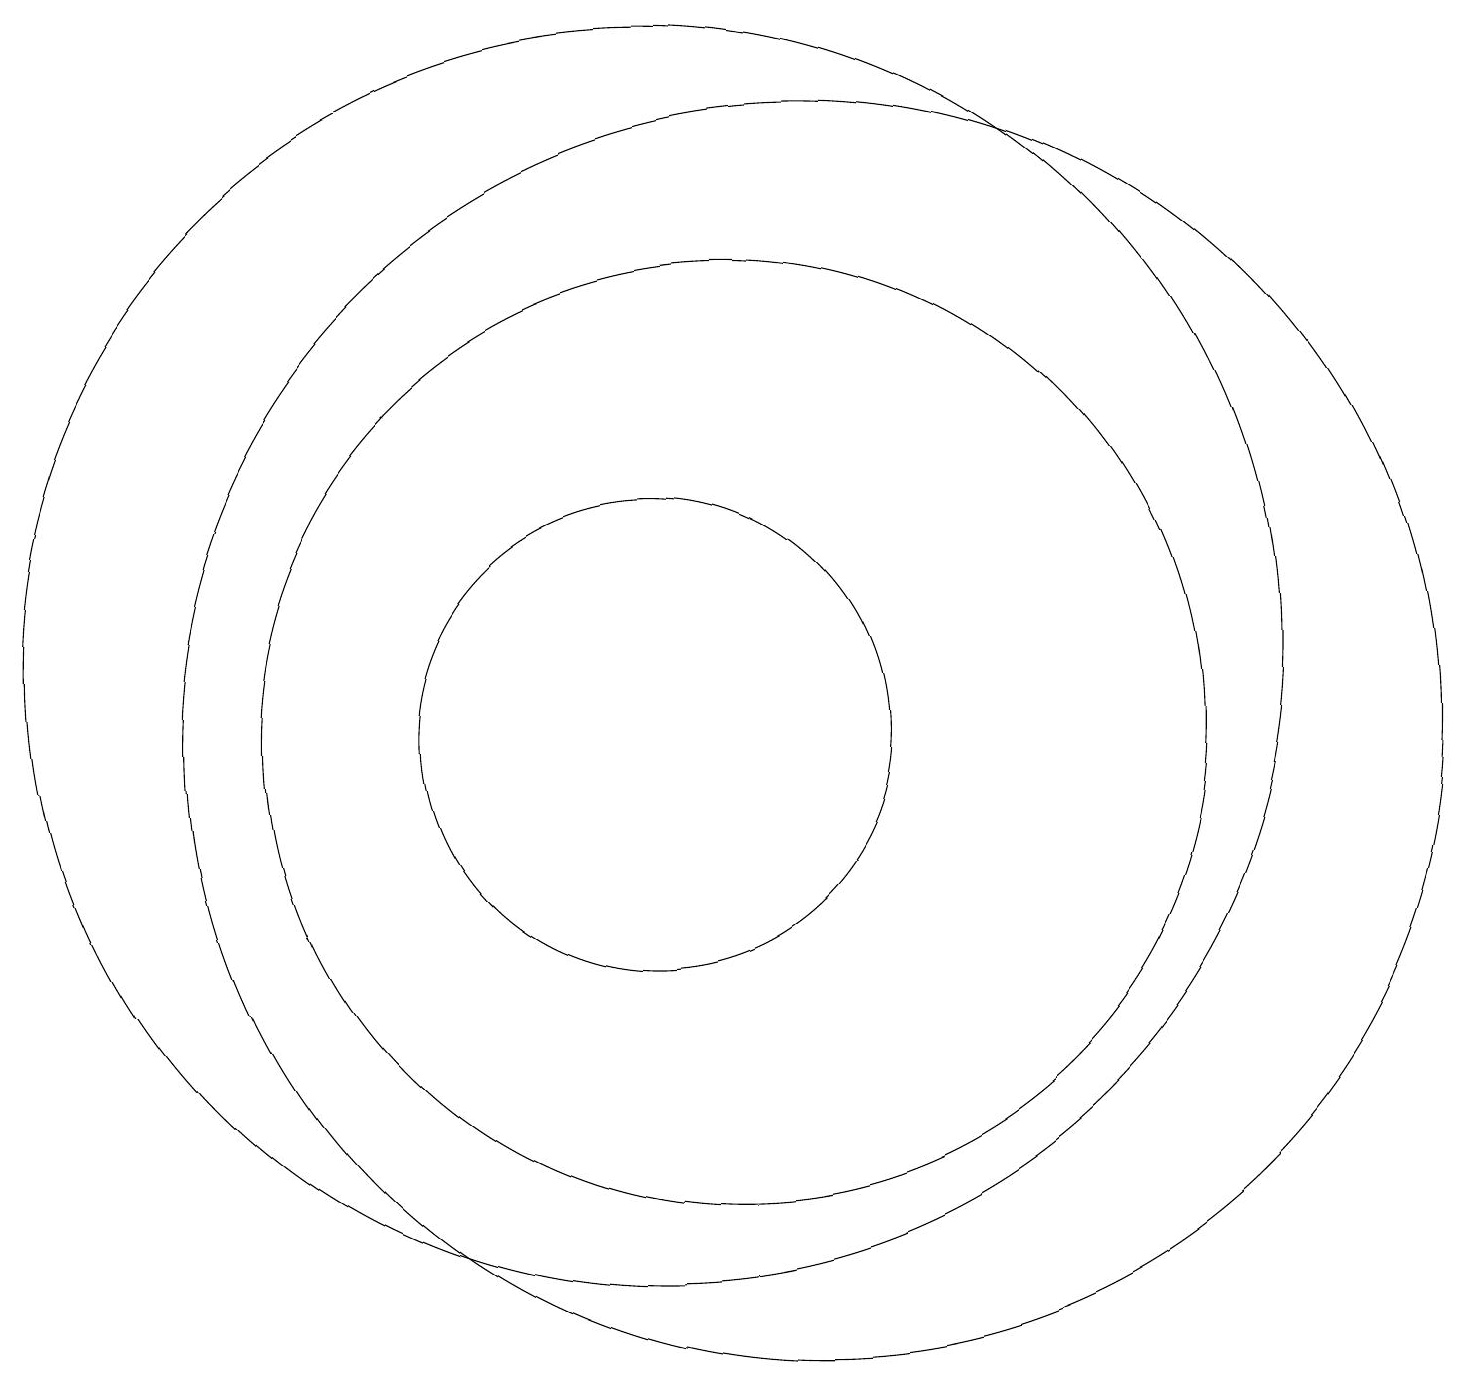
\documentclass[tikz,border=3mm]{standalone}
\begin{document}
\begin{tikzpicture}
\draw (12,10) circle (8);
\draw (11,10) circle (6);
\draw (10,11) circle (8);
\draw (10,10) circle (3);
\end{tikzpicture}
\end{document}